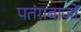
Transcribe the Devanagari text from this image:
पतंगबाजों